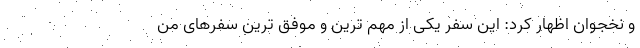
و نخجوان اظهار کرد: این سفر یکی از مهم ترین و موفق ترین سفرهای من